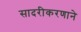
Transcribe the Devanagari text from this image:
सादरीकरणाने